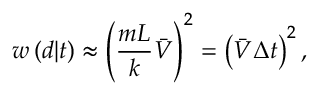
w \left( d | t \right) \approx \left( \frac { m L } k \bar { V } \right) ^ { 2 } = \left( \bar { V } \Delta t \right) ^ { 2 } ,